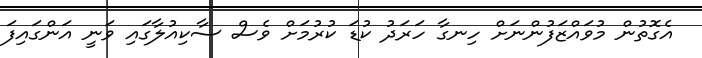
އެގޮތުން މުވައްޒަފުންނަށް ހިނގާ ހަރަދު ކުޑަ ކުރުމަށް ވެސް ސާކިއުލާގައި ވަނީ އަންގައިފަ